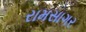
રામસાગર